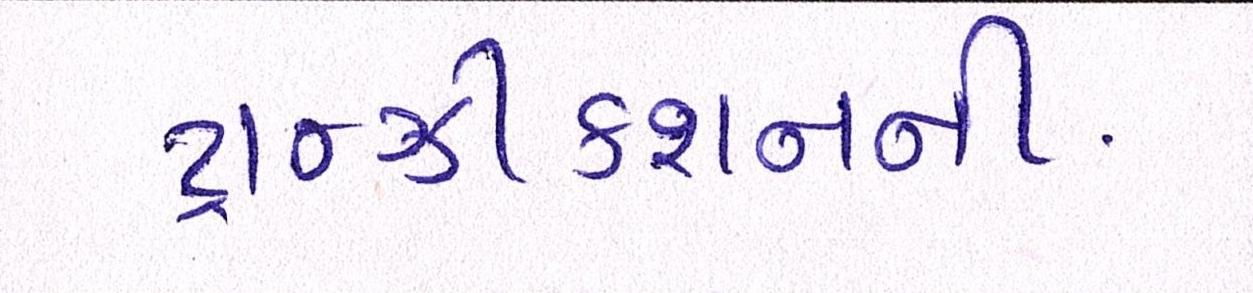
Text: ટ્રાન્ઝીકશનની